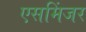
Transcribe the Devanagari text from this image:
एसमिंजर